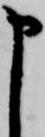
申